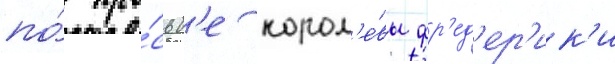
по́ про́сьб'е корол'е́вы фр'ед'ер'ик'и